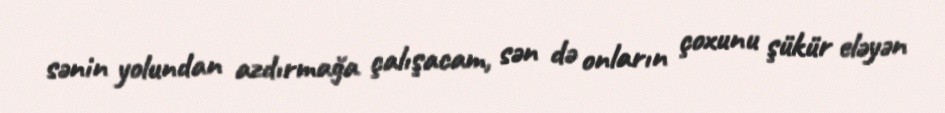
sənin yolundan azdırmağa çalışacam, sən də onların çoxunu şükür eləyən